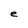
Character: e